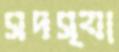
সদস্যা